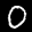
Label: 0